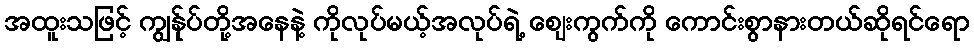
အထူးသဖြင့် ကျွန်ုပ်တို့အနေနဲ့ ကိုလုပ်မယ့်အလုပ်ရဲ့ စျေးကွက်ကို ကောင်းစွာနားတယ်ဆိုရင်ရော